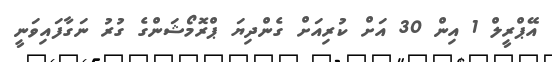
އޭޕްރީލް 1 އިން 30 އަށް ކުރިއަށް ގެންދިޔަ ޕްރޮމޯޝަންގެ ގުރު ނަގާފައިވަނީ